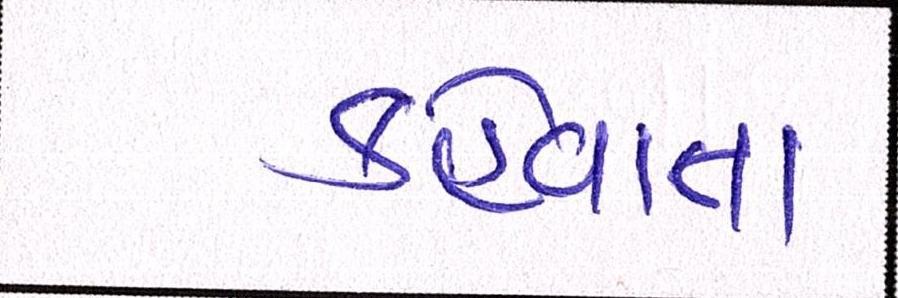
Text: કહેવાતા